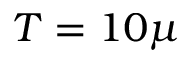
T = 1 0 \mu